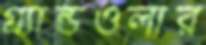
গ্র্যান্ডওলার